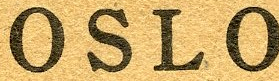
OSLO